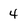
Character: 4